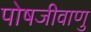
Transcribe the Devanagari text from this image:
पोषजीवाणु